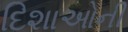
દિશાઓની